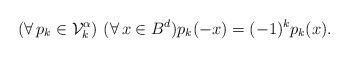
LaTeX: \begin{align*}(\forall \, p_k \in \mathcal{V}\sp{\alpha}_k)\ (\forall \, x \in B^d) p_k(-x) = (-1)^k p_k(x).\end{align*}